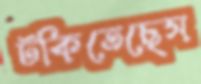
টকিতেছেস